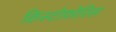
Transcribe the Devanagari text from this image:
क्रिस्टोफ़ोरिस